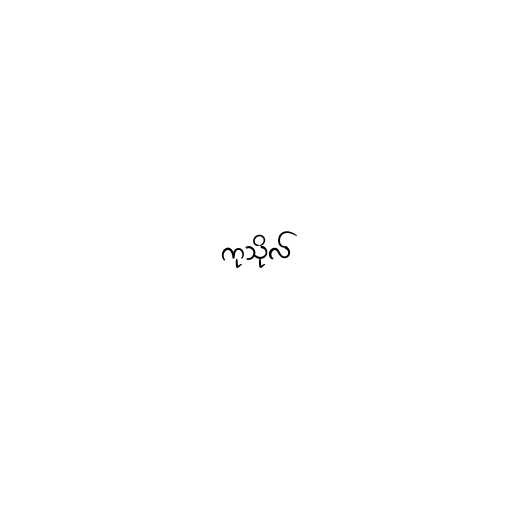
ကုသိုလ်